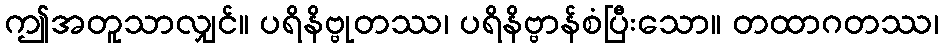
ဤအတူသာလျှင်။ ပရိနိဗ္ဗုတဿ၊ ပရိနိဗ္ဗာန်စံပြီးသော။ တထာဂတဿ၊